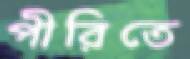
পীরিতে